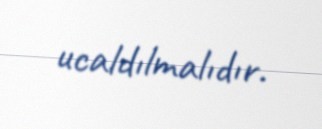
ucaldılmalıdır.